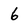
Character: 6